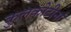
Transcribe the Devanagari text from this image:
कुलकोटीनां